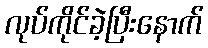
လုပ်ကိုင်ခဲ့ပြီးနောက်